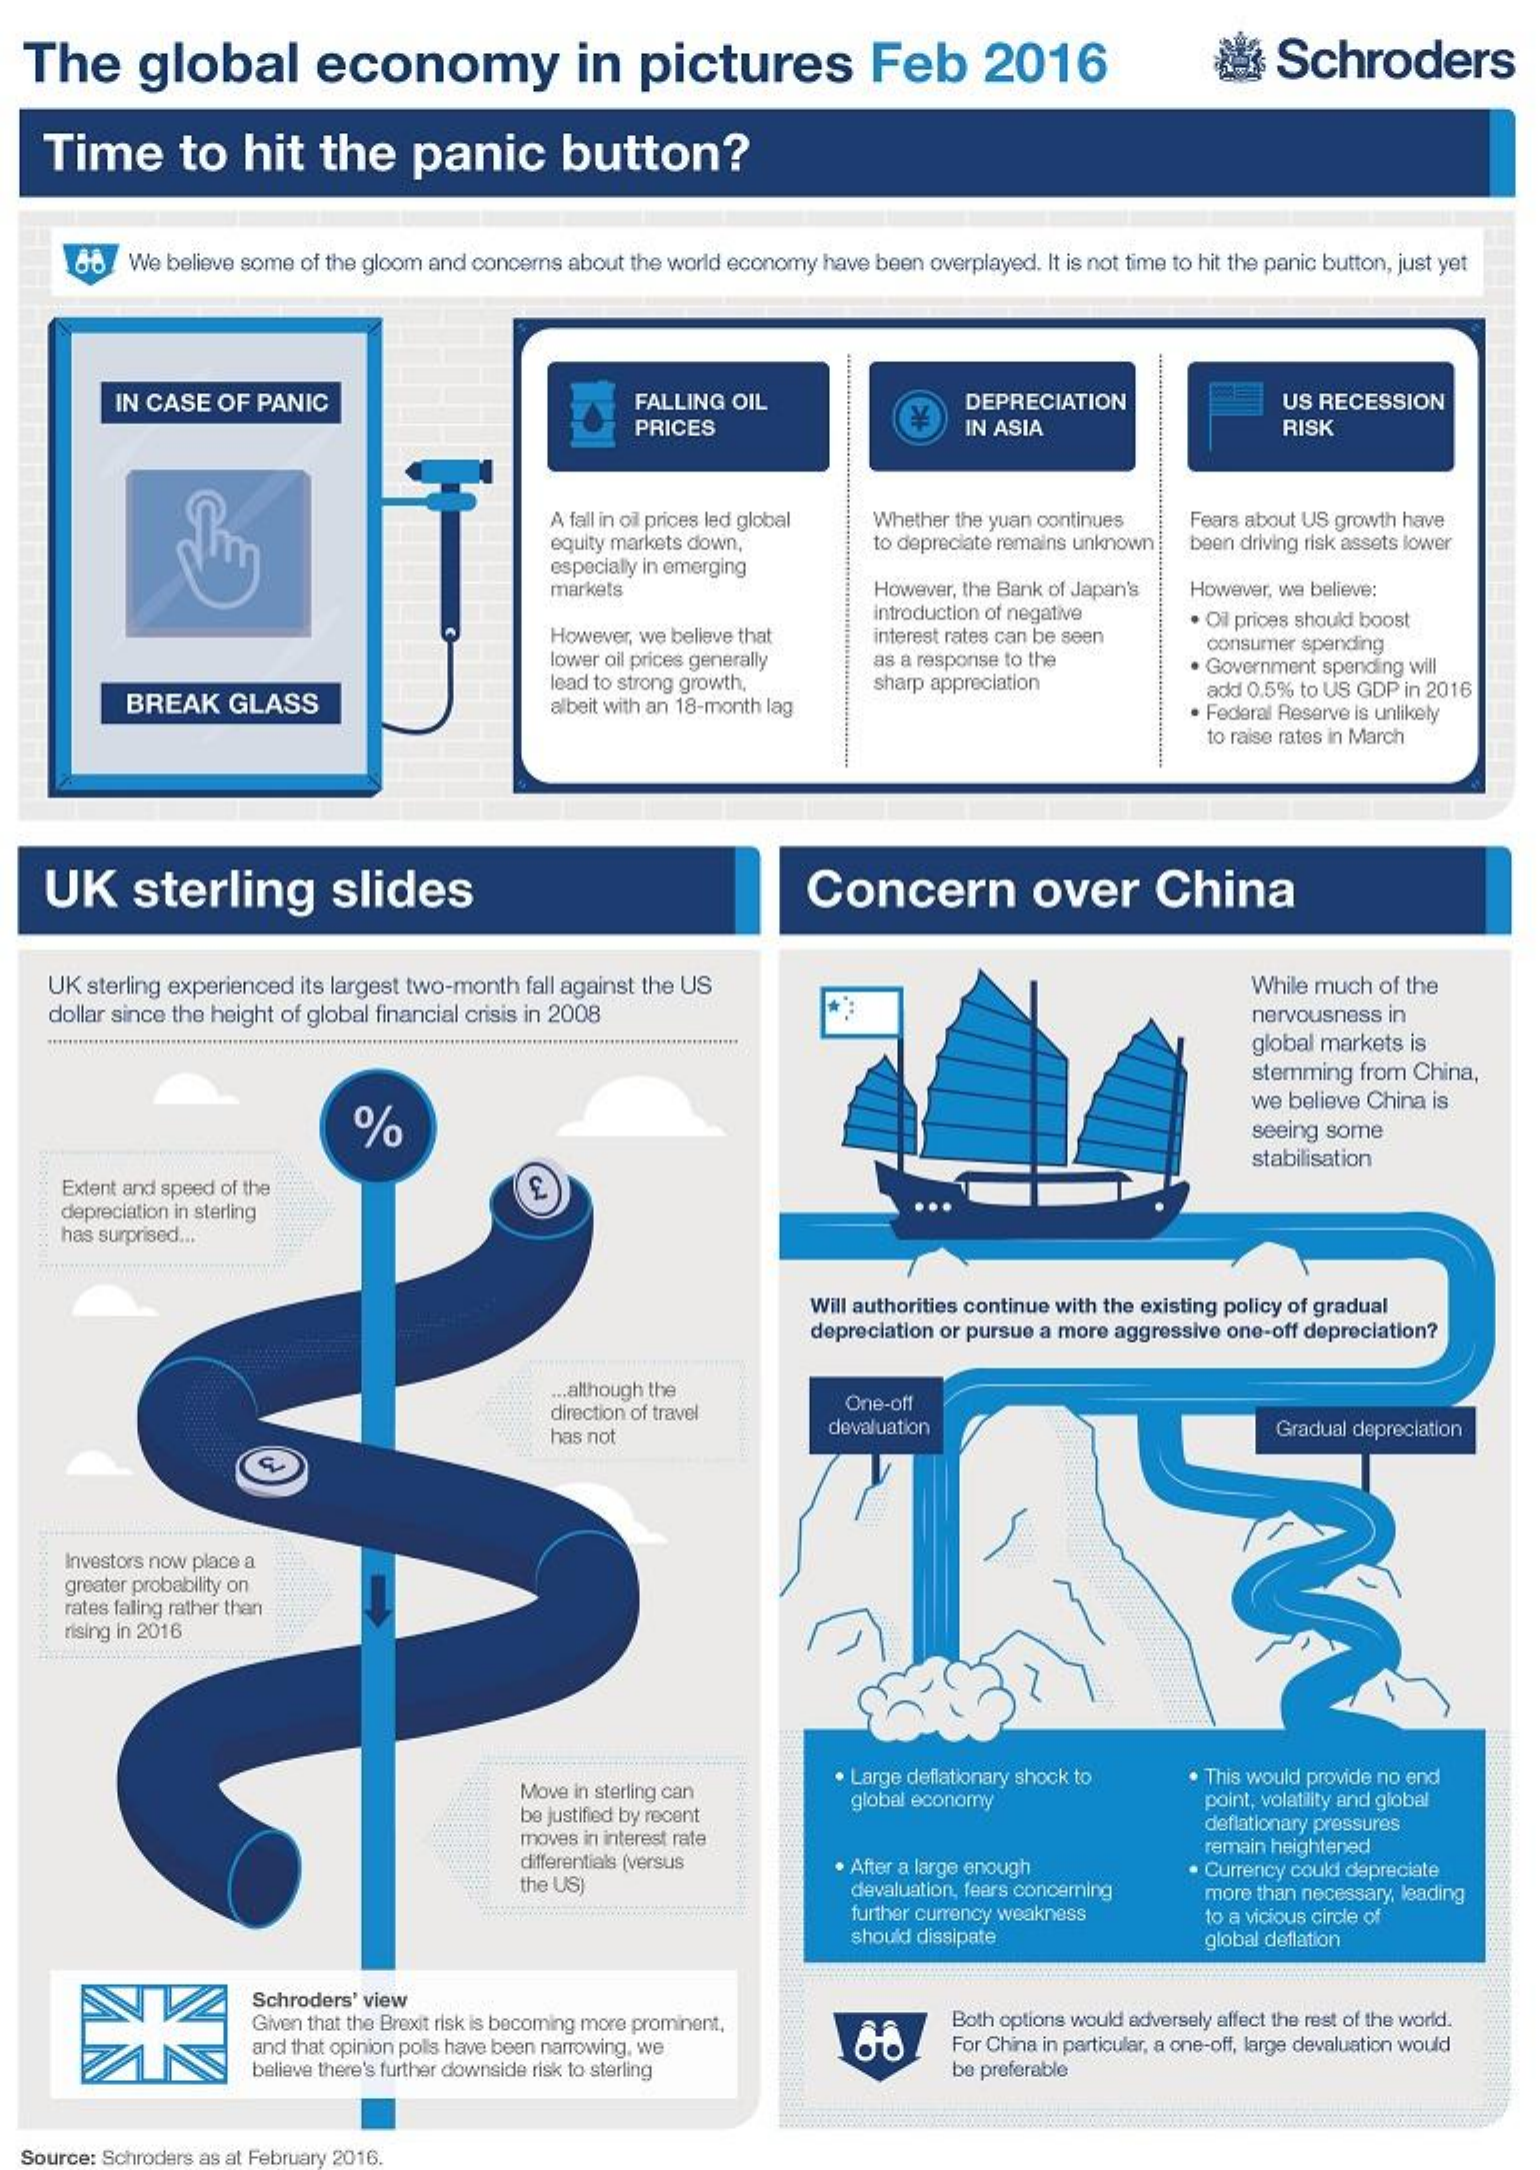
The    global    economy    in   pictures    Feb    2016    a   Schroders
    Time    to    hit   the    panic    button?
     We believe some of the gloom and concerns about the world economy have been overplayed. It is not time to hit the panic button, just yet
     -
     IN CASE OF PANIC    FALLING OIL    DEPRECIATION    US RECESSION
     PRICES    IN ASIA    RISK
     A fall in oil prices led global Whether the yuan continues Fears about US growth have
     equity markets down,    to depreciate remains unknown been driving risk assets lower
     especially in emerging
     markets    However, the Bank of Japan's However, we believe:
     However, we believe that
     introduction of negative
     interest rates can be seen
     . Ol prices should boost
     lower oil prices generally as a response to the
     consumer spending
     BREAK   GLASS
     lead to strong growth,
     albeit with an 18-month lag
     sharp appreciation
     . Government spending will
     add 0.5% to US GDP in 2016
     . Federal Reserve is unlikely
     to raise rates in March
    UK    sterling    slides    Concern    over    China
    UK sterling experienced its largest two-month fall against the US    While much of the
    dollar since the height of global financial crisis in 2008    nervousness in
    ........................ .............    global markets is
     stemming from China,
     %
     we believe China is
     seeing some
     stabilisation
     Extent and speed of the
     depreciation in sterling
     has surprised ...
     Will authorities continue with the existing policy of gradual
     depreciation or pursue a more aggressive one-off depreciation?
     ... although the
     direction of travel    One-off
     has not
     devaluation    Gradual depreciation
     Investors now place a
     greater probability on
     rates falling rather than
     rising in 2016
     Move in sterling can
     . Large deflationary shock to . This would provide no end
     be justified by recent
     global economy    point, volatility and global
     moves in interest rate
     deflationary pressures
     differentials (versus
     the US)
     . After a large enough
     remain heightened
     devaluation, fears concerning
     Currency could depreciate
     further currency weakness
     more than necessary, leading
     should dissipate
     to a vicious circle of
     global deflation
     Schroders' view
     Given that the Brexdt risk is becoming more prominent,    Both options would adversely affect the rest of the world.
     and that opinion polls have been narrowing, we    For China in particular, a one-off, large devaluation would
     believe there's further downside risk to sterling    be preferable
  Source: Schroders as at February 2016.